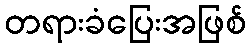
တရားခံပြေးအဖြစ်